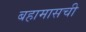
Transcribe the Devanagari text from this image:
बहामासची